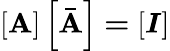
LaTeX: \boldsymbol{\left[\mathbf{A}\right]\left[\bar{{\mathbf{A}}}\right]=\left[I\right]}